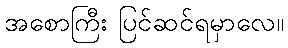
အစောကြီး ပြင်ဆင်ရမှာလေ။